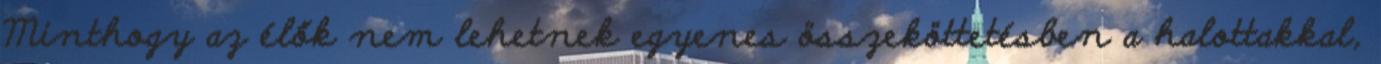
Minthogy az élők nem lehetnek egyenes összeköttetésben a halottakkal,